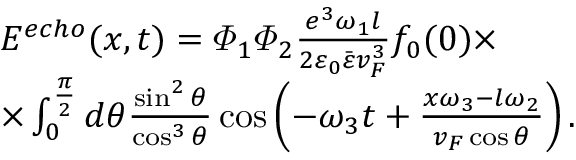
\begin{array} { r l } & { E ^ { e c h o } ( x , t ) = \varPhi _ { 1 } \varPhi _ { 2 } \frac { e ^ { 3 } \omega _ { 1 } l } { 2 \varepsilon _ { 0 } \bar { \varepsilon } v _ { F } ^ { 3 } } f _ { 0 } ( 0 ) \times } \\ & { \times \int _ { 0 } ^ { \frac { \pi } { 2 } } d \theta \frac { \sin ^ { 2 } \theta } { \cos ^ { 3 } \theta } \cos \left( - \omega _ { 3 } t + \frac { x \omega _ { 3 } - l \omega _ { 2 } } { v _ { F } \cos \theta } \right) . } \end{array}